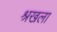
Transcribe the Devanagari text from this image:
श्रखला